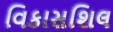
વિકાસશિલ